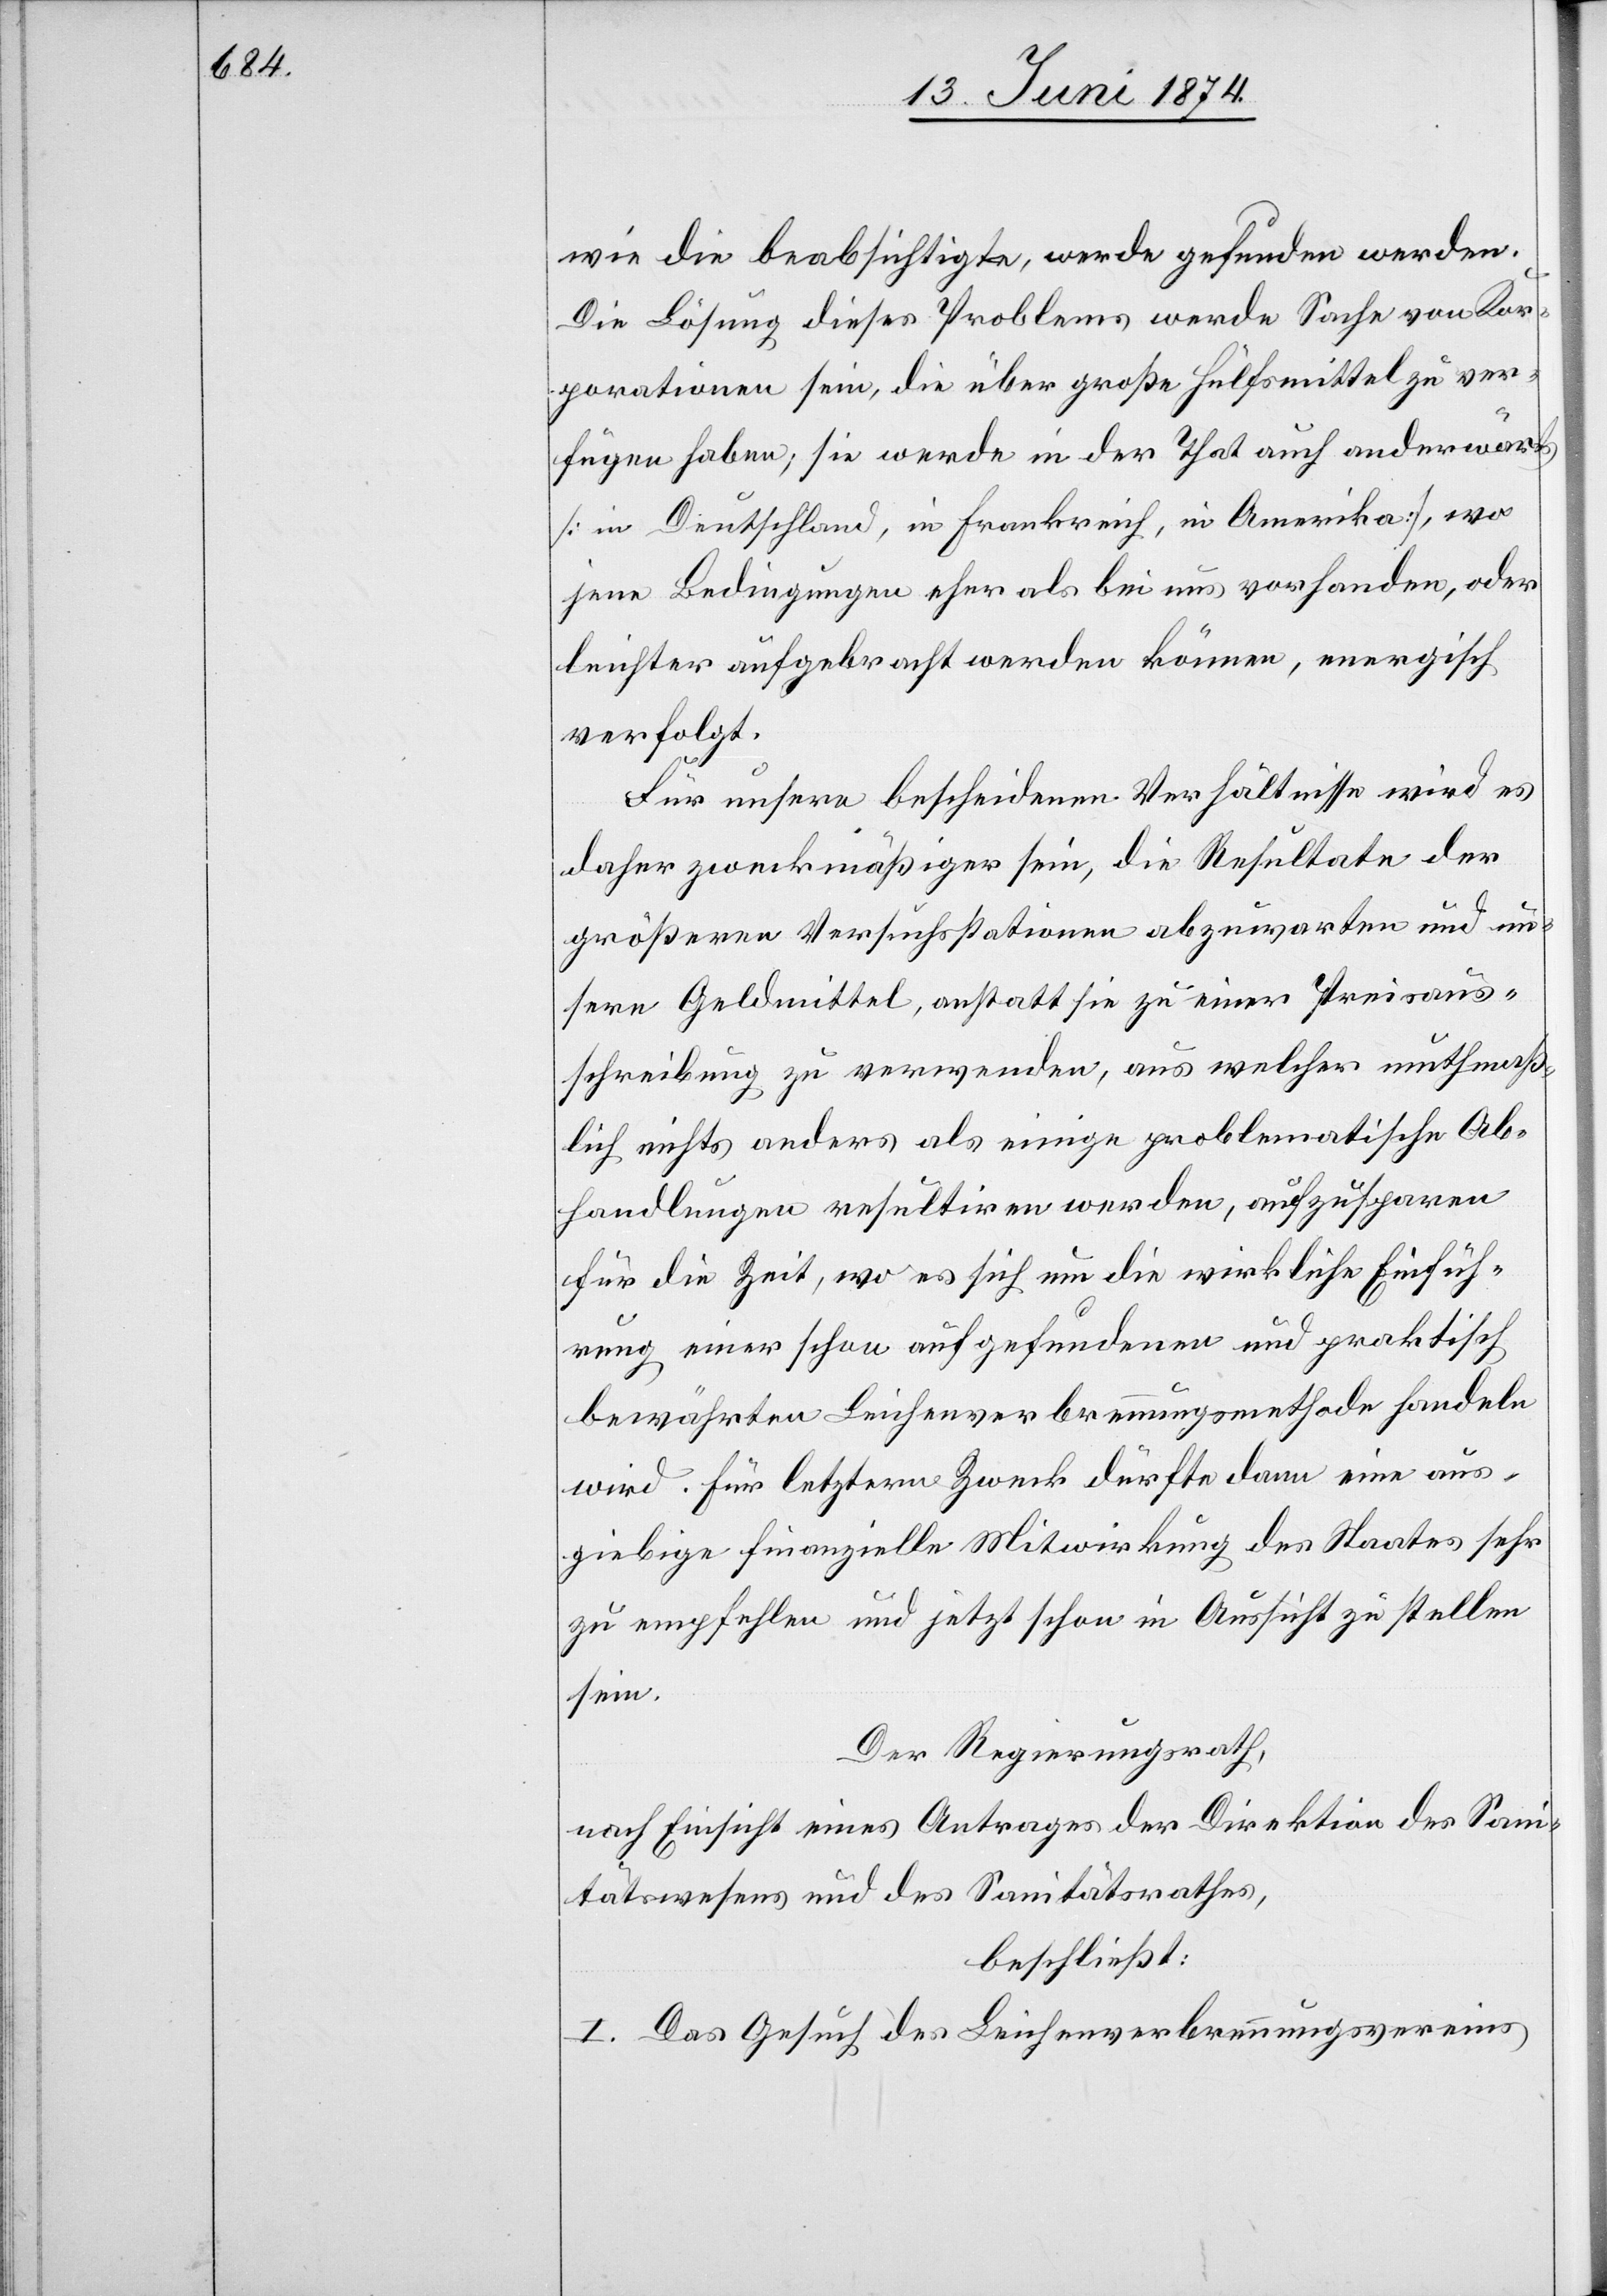
wie die beabsichtigte, werde gefunden werden.
Die Lösung dieses Problems werde Sache von Kor¬
porationen sein, die über große Hülfsmittel zu ver¬
fügen haben; sie werde in der That auch anderwärt¬
s [in Deutschland, in Frankreich, in Amerika], wo
jene Bedingungen eher als bei uns vorhanden, oder
leichter aufgebracht werden können, energisch
verfolgt.
Für unsere bescheidenen Verhältnisse wird es
daher zweckmäßiger sein, die Resultate der
größeren Versuchsstationen abzuwarten und un¬
sere Geldmittel, anstatt sie zu einer Preisaus¬
schreibung zu verwenden, aus welcher muthmaß¬
lich nichts anders als einige problematische Ab¬
handlungen resultiren werden, aufzusparen
für die Zeit, wo es sich um die wirkliche Einfüh¬
rung eines schon aufgefundenen und praktisch
bewährten Leichenverbrennungsmethode handeln
wird. Für letztern Zweck dürfte dann eine aus¬
giebige finanzielle Mitwirkung des Staates sehr
zu empfehlen und jetzt schon in Aussicht zu stellen
sein.
Der Regierungsrath,
nach Einsicht eines Antrages der Direktion des Sani¬
tätswesens und des Sanitätsrathes,
beschließt:
I. Das Gesuch des Leichenverbrennungsvereines